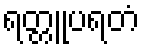
ရတ္တူပရတံ